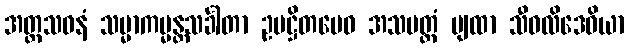
အတ္ထသဝနံ သမ္မာကမ္မန္တသင်္ခါတာ ဥပဋ္ဌိတမေဝ အသမတ္ထံ ဗျထာ သီဝလိဒေဝိယာ